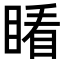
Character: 𥈧